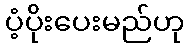
ပံ့ပိုးပေးမည်ဟု